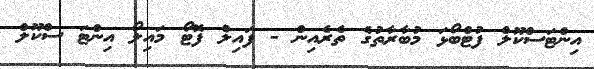
އިންޓަސްކޫލް ފުޓްބޯޅަ މުބާރާތުގެ ތެރެއިން - ފައިލް ފޮޓޯ މައިލޯ އިންޓަ ސްކޫލް